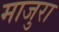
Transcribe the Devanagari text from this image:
माजुरा